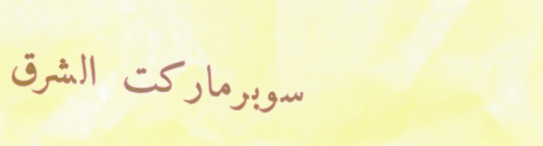
سوبرماركت الشرق